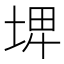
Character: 𡌨